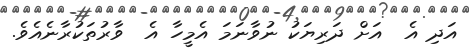
އަދި އެ  އަށް ދަރިޔަކު ނުވާނަމަ އެމީހާ އެ  ވާރުތަކުރާނެއެވެ.